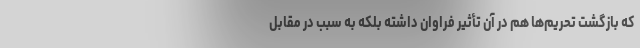
که بازگشت تحریم‌ها هم در آن تأثیر فراوان داشته بلکه به سبب در مقابل